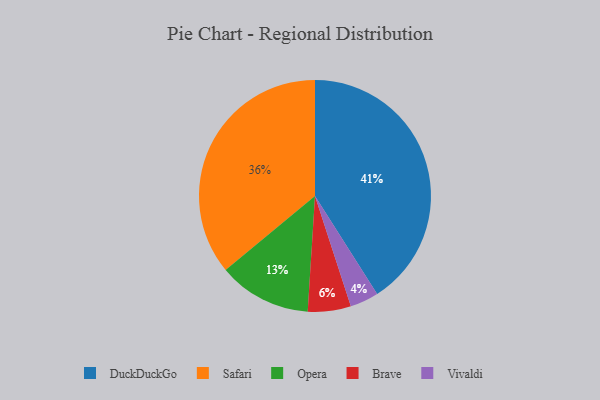
{"axis": {"x": "Category", "y": "Percentage"}, "legend": ["Brave", "DuckDuckGo", "Opera", "Safari", "Vivaldi"], "data": [{"x": "Vivaldi", "y": 4, "type": "Vivaldi"}, {"x": "Opera", "y": 13, "type": "Opera"}, {"x": "DuckDuckGo", "y": 41, "type": "DuckDuckGo"}, {"x": "Brave", "y": 6, "type": "Brave"}, {"x": "Safari", "y": 36, "type": "Safari"}]}